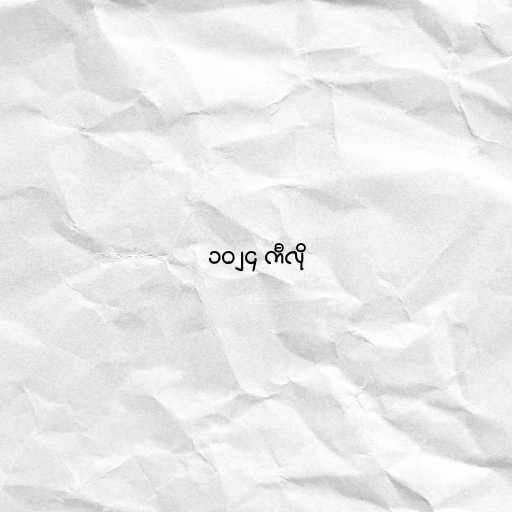
၁၀၂၄ ကီလို